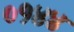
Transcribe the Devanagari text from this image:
०१४४